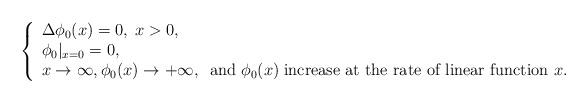
LaTeX: \begin{align*}\left\{\begin{array}{l}\Delta \phi_0(x)=0, \;x>0,\\\phi_0|_{x=0}=0,\\x\rightarrow\infty,\phi_0(x)\rightarrow +\infty,\;\;\mbox{and}\;\phi_0(x)\;\mbox{increase at the rate of linear function $x$}.\end{array}\right.\end{align*}